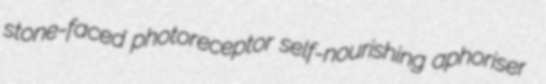
stone-faced photoreceptor self-nourishing aphoriser